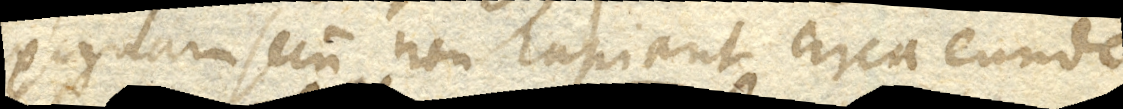
exiguam secum non capiant circa eundem